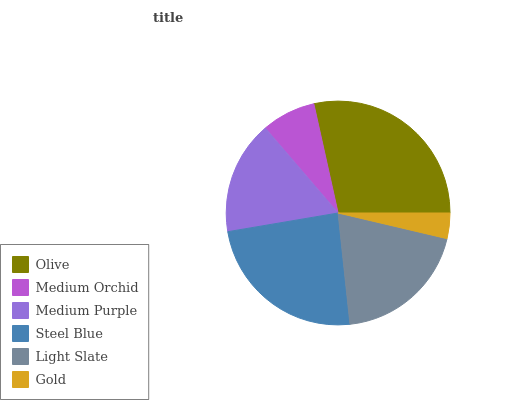
| Olive | Medium Orchid | Medium Purple | Steel Blue | Light Slate | Gold |
 | --- | --- | --- | --- | --- | --- |
 | 28.5% | 7.8% | 16.4% | 24% | 19.6% | 3.68% |